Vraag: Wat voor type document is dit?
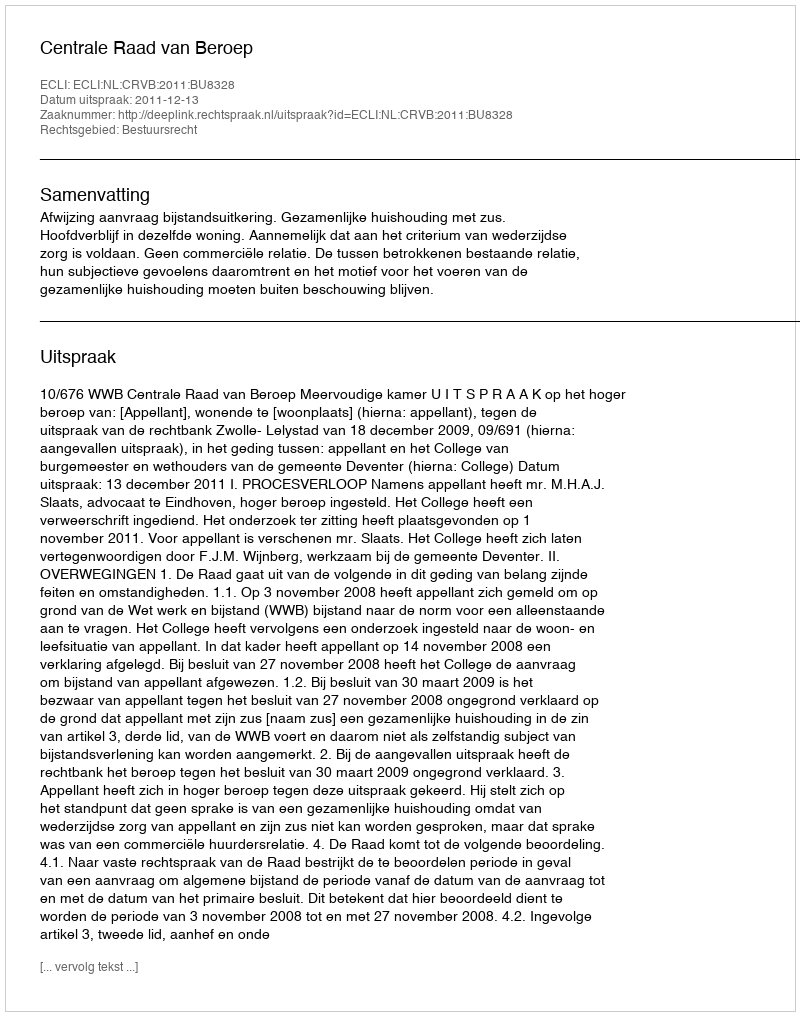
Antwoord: Uitspraak